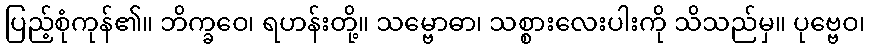
ပြည့်စုံကုန်၏။ ဘိက္ခဝေ၊ ရဟန်းတို့။ သမ္ဗောဓာ၊ သစ္စားလေးပါးကို သိသည်မှ။ ပုဗ္ဗေဝ၊